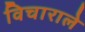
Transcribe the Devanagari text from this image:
विचाराले